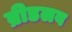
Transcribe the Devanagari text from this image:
ब्रीडलव